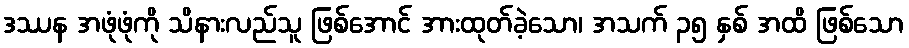
ဒဿန အဖုံဖုံကို သိနားလည်သူ ဖြစ်အောင် အားထုတ်ခဲ့သော၊ အသက် ၃၅ နှစ် အထိ ဖြစ်သော